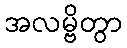
အလမ္ဗိတွာ